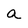
Character: a